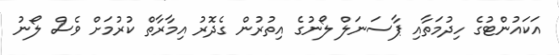
އަކައުންޓުގެ ހިދުމަތާއި ޕާސަނަލް ލޯނުގެ އިތުރުން ގެދޮރު އިމާރާތް ކުރުމަށް ވެސް ލޯނު